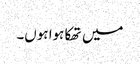
میں تھکا ہوا ہوں۔